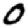
Digit: 0